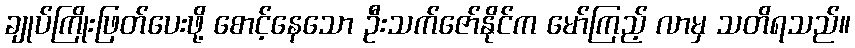
ချုပ်ကြိုးဖြတ်ပေးဖို့ စောင့်နေသော ဦးသက်ဇော်နိုင်က မော်ကြည့် လာမှ သတိရသည်။